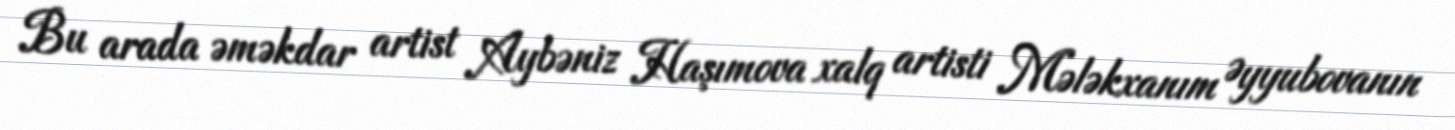
Bu arada əməkdar artist Aybəniz Haşımova xalq artisti Mələkxanım Əyyubovanın